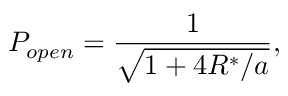
P _ { o p e n } = \frac { 1 } { \sqrt { 1 + 4 R ^ { * } / a } } ,